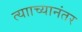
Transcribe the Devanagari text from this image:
त्यााच्यानंतर